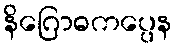
နိဂြောဓကပ္ပေန